Medical and sanitary report on the native army of Bombay for the year
Year: 1878
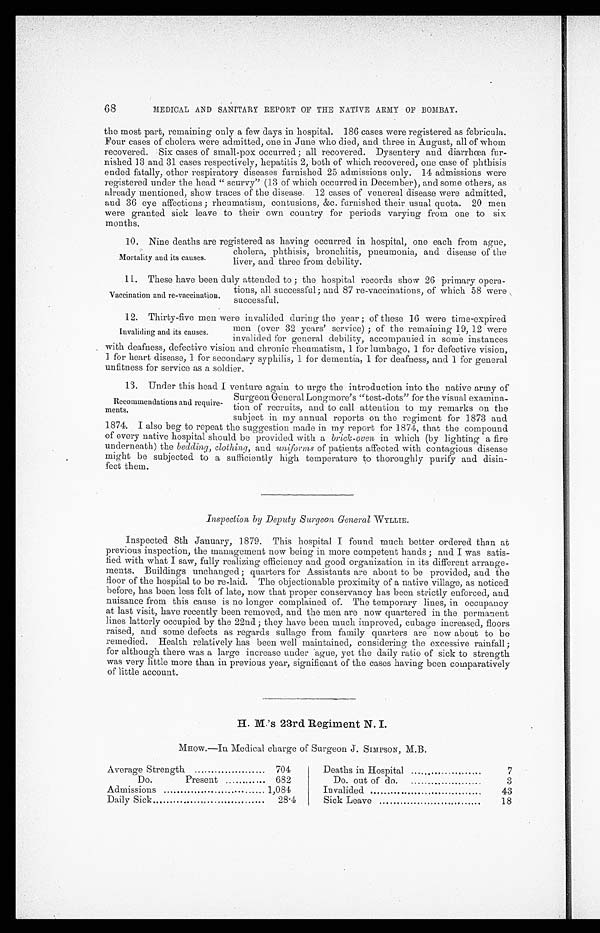
68
MEDICAL AND SANITARY REPORT OF THE NATIVE ARMY OF BOMBAY.
the most part, remaining only a few days in hospital. 186 cases were registered as febricula.
Four cases of cholera were admitted, one in June who died, and three in August, all of whom
recovered. Six cases of small-pox occurred ; all recovered. Dysentery and diarrhœa fur--
nished 13 and 31 cases respectively, hepatitis 2, both of which recovered, one case of phthisis
ended fatally, other respiratory diseases furnished 25 admissions only. 14 admissions were
registered under the head “ scurvy” (13 of which occurred in December), and some others, as
already mentioned, show traces of the disease. 12 cases of venereal disease were admitted,
and 36 eye affections ; rheumatism, contusions, &c. furnished their usual quota. 20 men
were granted sick leave to their own country for periods varying from one to six
months.
10. Nine deaths are registered as having occurred in hospital, one each from ague,
Mortality and its causes.
cholera, phthisis, bronchitis, pneumonia, and disease of the
liver, and three from debility.
11. These have been duly attended to ; the hospital records show 26 primary opera--
tions, all successful ; and 87 re-vaccinations, of which 58 were
successful.
12. Thirty-five men were invalided during the year ; of these 16 were time-expired
men (over 32 years’ service) ; of the remaining 19, 12 were
invalided for general debility, accompanied in some instances
with deafness, defective vision and chronic rheumatism, 1 for lumbago, 1 for defective vision,
1 for heart disease, 1 for secondary syphilis, 1 for dementia, 1 for deafness, and 1 for general
unfitness for service as a soldier.
13. Under this head I venture again to urge the introduction into the native army of
Vaccination and re-vaccination.
Invaliding and its causes.
Recommendations and require-
ments.
Surgeon General Longmore’s “test-dots” for the visual examina-
tion of recruits, and to call attention to my remarks on the
subject in my annual reports on the regiment for 1873 and
1874. I also beg to repeat the suggestion made in my report for 1874, that the compound
of every native hospital should be provided with a brick-oven in which (by lighting a fire
underneath) the bedding, clothing, and uniforms of patients affected with contagious disease
might be subjected to a sufficiently high temperature to thoroughly purify and disin-
fect them.
Inspection by Deputy Surgeon General -WYLLIE.
Inspected 8th January, 1879. This hospital I found much better ordered than at
previous inspection, the management now being in more competent hands ; and I was satis-
fied with what I saw, fully realizing efficiency and good organization in its different arrange-
ments. Buildings unchanged ; quarters for Assistants are about to be provided, and the
floor of the hospital to be re-laid. The objectionable proximity of a native village, as noticed
before, has been less felt of late, now that proper conservancy has been strictly enforced, and
nuisance from this cause is no longer complained of. The temporary lines, in occupancy
at last visit, have recently been removed, and the men are now quartered in the permanent
lines latterly occupied by the 22nd ; they have been much improved, cubage increased, floors
raised, and some defects as regards sullage from family quarters are now about to be
remedied. Health relatively has been well maintained, considering the excessive rainfall ;
for although there was a large increase under ague, yet the daily ratio of sick to strength
was very little more than in previous year, significant of the cases having been comparatively
of little account.
H. M.’s 23rd Regiment N. I.
MHOW.—In Medical charge of Surgeon J. SIMPSON, M.B.
Average Strength
704
Do.
Present
682
Admissions
1,084
Daily Sick
28.4
Deaths in Hospital
7
Do. out of do.
3
Invalided
43
Sick Leave
18